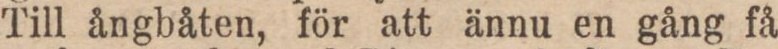
Till ångbåten, för att ännu en gång få